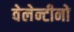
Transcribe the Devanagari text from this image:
वेलेन्टीनो